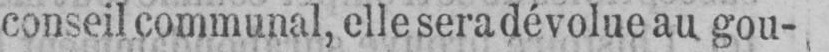
conseil communal, elle sera dévolue au gou-,